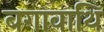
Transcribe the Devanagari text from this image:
बगावाथि